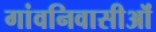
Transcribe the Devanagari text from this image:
गांवनिवासीऒं